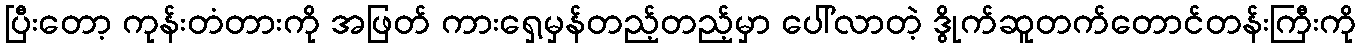
ပြီးတော့ ကုန်းတံတားကို အဖြတ် ကားရှေ့မှန်တည့်တည့်မှာ ပေါ်လာတဲ့ ဒွိုက်ဆူတက်တောင်တန်းကြီးကို